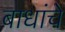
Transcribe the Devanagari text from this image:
बाधांचे